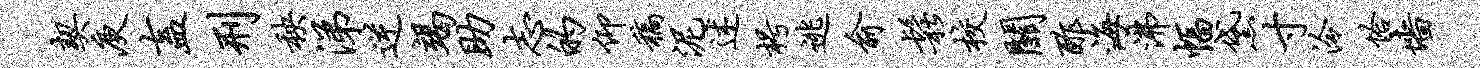
契庾盍刑秧涕逆竭助志的仰稿泥述枵逃俞松校关酢海沸幅黛寸泠恰墙